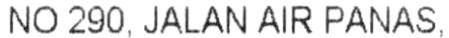
NO 290, JALAN AIR PANAS,